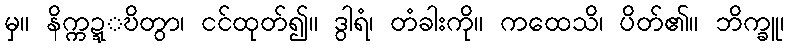
မှ။ နိက္ကဍ္ဍ္ဎိတွာ၊ ငင်ထုတ်၍။ ဒွါရံ၊ တံခါးကို။ ကထေသိ၊ ပိတ်၏။ ဘိက္ခူ၊